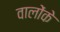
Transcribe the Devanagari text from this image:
वालोंके